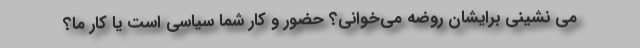
می نشینی برایشان روضه می‌خوانی؟ حضور و کار شما سیاسی است یا کار ما؟